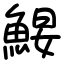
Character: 𩷑